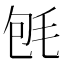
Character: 𣭀